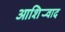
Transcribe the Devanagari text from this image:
आशिर्‍वाद